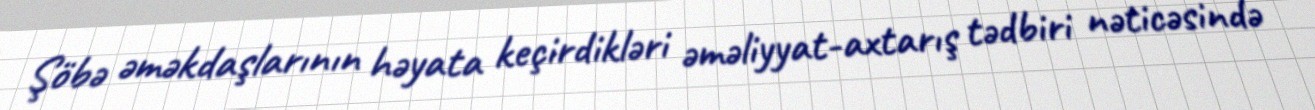
Şöbə əməkdaşlarının həyata keçirdikləri əməliyyat-axtarış tədbiri nəticəsində